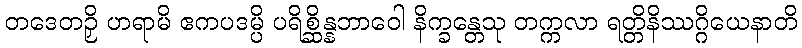
တဒေတဉှိ ဟရာမိ ဧကပဒမ္ပိ ပရိစ္ဆိန္နဘာဝေါ နိက္ခန္တေသု တက္ကလာ ရတ္တိနိဿဂ္ဂိယေနာတိ